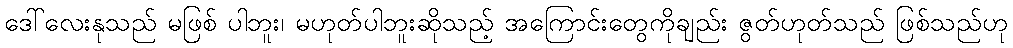
ဒေါ်လေးနုသည် မဖြစ် ပါဘူး၊ မဟုတ်ပါဘူးဆိုသည့် အကြောင်းတွေကိုချည်း ဇွတ်ဟုတ်သည် ဖြစ်သည်ဟု